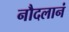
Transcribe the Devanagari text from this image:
नौदलानं